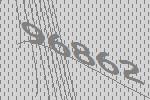
96862